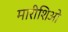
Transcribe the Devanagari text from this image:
मारीशिओ